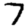
Digit: 7